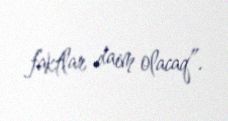
faktlar daim olacaq”.